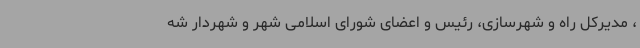
، مدیرکل راه و شهرسازی، رئیس و اعضای شورای اسلامی شهر و شهردار شه